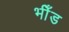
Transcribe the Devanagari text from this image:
भीँड